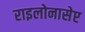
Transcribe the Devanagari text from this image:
राइलोनासेप्ट